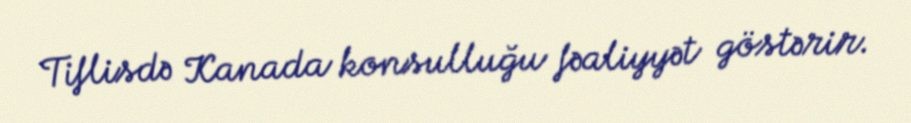
Tiflisdə Kanada konsulluğu fəaliyyət göstərir.